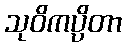
သုဝိကပ္ပိတာ